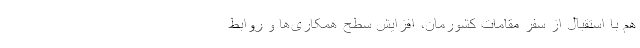
هم با استقبال از سفر مقامات کشورمان، افزایش سطح همکاری‌ها و روابط